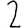
Digit: 2